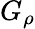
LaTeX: G_{\rho}